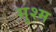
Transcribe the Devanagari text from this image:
सुश्म